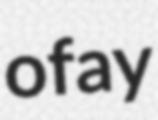
ofay